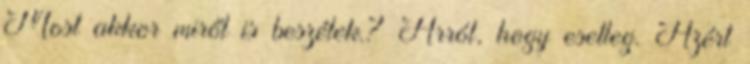
Most akkor miről is beszélek.? Arról, hogy esetleg. Azért